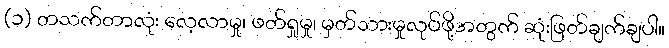
(၁) တသက်တာလုံး လေ့လာမှု၊ ဖတ်ရှုမှု၊ မှတ်သားမှုလုပ်ဖို့အတွက် ဆုံးဖြတ်ချက်ချပါ။